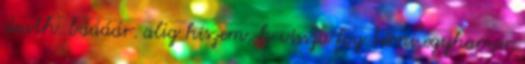
death. báááár. alig hiszem, h vissza fog térni egyhamar